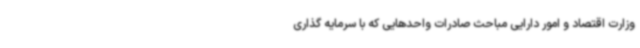
وزارت اقتصاد و امور دارایی مباحث صادرات واحدهایی که با سرمایه گذاری